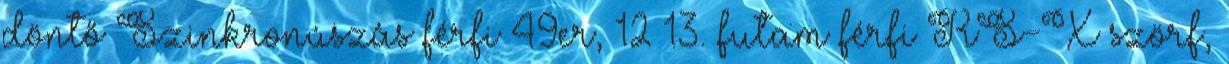
döntő Szinkronúszás férfi 49er, 12–13. futam férfi RS-X szörf,